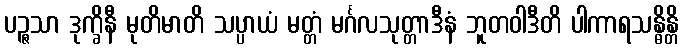
ပဉ္ဇသာ ဒုက္ခိနီ မုတိမာတိ သပ္ပာယံ မတ္တံ မင်္ဂလသုတ္တာဒီနံ ဘူတဝါဒီတိ ပါကာရသန္ဓိန္တိ